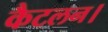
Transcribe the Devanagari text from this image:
कैटलन।